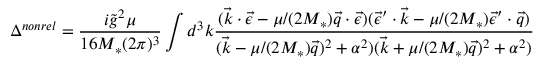
\Delta ^ { n o n r e l } = \frac { i \tilde { g } ^ { 2 } \mu } { 1 6 M _ { * } ( 2 \pi ) ^ { 3 } } \int d ^ { 3 } k \frac { ( \vec { k } \cdot \vec { \epsilon } - \mu / ( 2 M _ { * } ) \vec { q } \cdot \vec { \epsilon } ) ( \vec { \epsilon } ^ { \prime } \cdot \vec { k } - \mu / ( 2 M _ { * } ) \vec { \epsilon } ^ { \prime } \cdot \vec { q } ) } { ( \vec { k } - \mu / ( 2 M _ { * } ) \vec { q } ) ^ { 2 } + \alpha ^ { 2 } ) ( \vec { k } + \mu / ( 2 M _ { * } ) \vec { q } ) ^ { 2 } + \alpha ^ { 2 } ) }